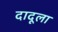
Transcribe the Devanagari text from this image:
दादूला